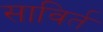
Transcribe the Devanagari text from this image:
साविर्त